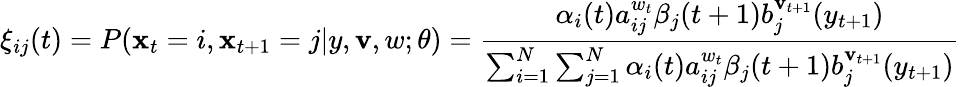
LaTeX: \xi_{ij}(t)=P(\mathbf{x}_{t}=i,\mathbf{x}_{t+1}=j|y,\mathbf{v},w;\theta)={\frac{{\alpha_{i}(t)a_{ij}^{w_{t}}\beta_{j}(t+1)b_{j}^{\mathbf{v}_{t+1}}(y_{t+1})}}{{\sum_{i=1}^{N}\sum_{j=1}^{N}\alpha_{i}(t)a_{ij}^{w_{t}}\beta_{j}(t+1)b_{j}^{\mathbf{v}_{t+1}}(y_{t+1})}}}